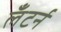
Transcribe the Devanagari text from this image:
लँटर्न